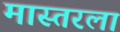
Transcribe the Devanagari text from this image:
मास्तरला